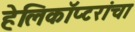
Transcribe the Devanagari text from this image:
हेलिकॉप्टरांचा